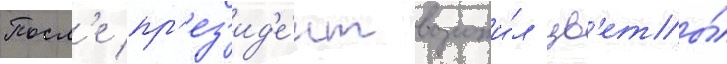
Посл'е пр'ез'ид'е́нт возложи́л цв'еты́